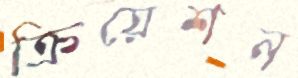
ক্রিয়েশন